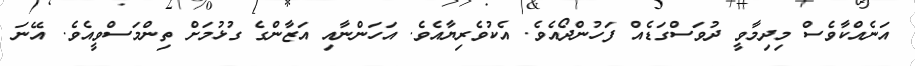
އަނެއްކާވެސް މިދިމާވީ ދުވަސްގަޑެއް ފަހުންދޯއެވެ. އެކުވެރިޔާއެވެ. އަހަންނާއި އަޒާންގެ ގުޅުމަށް ތިންމަސްވީއެވެ. އޭނަ